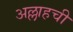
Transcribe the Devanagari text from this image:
अल्लाहची